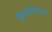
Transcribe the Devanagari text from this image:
विजयविलासमु